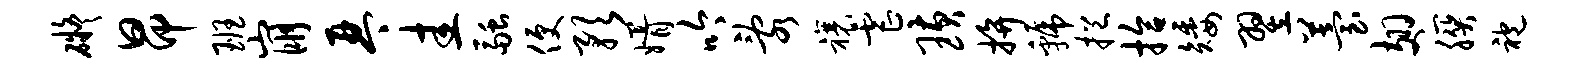
碍昂班崩琴圭融便预婿吟乱禳虐璜拚虢挹拾矮翌苔翅朕袍